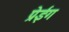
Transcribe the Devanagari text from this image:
प्रेईंग